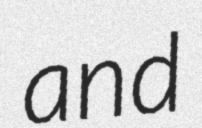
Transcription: and